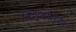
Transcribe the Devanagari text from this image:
विश्वमार्यम्‌